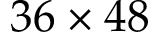
3 6 \times 4 8